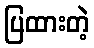
ပြထားတဲ့